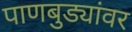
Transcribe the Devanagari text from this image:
पाणबुड्यांवर